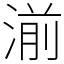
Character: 湔